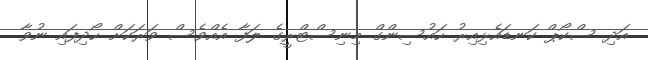
އަދި ސްކޯޕް ކަނޑައެޅިއިރު ހައުސިންގް މިނިސްޓްރީގެ ލަފާ އެއްވެސް ވަރަކަށް ހޯދިފައި ނުވާ